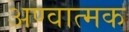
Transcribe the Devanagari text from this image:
अण्वात्मक